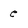
Character: e